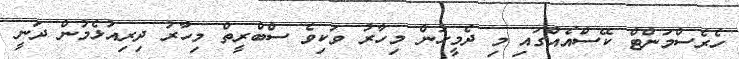
ހެރެސްމަންޓް ކޭސްއެއްގައި މި ދެމީހުން މިހާރު ވަކިވެ ސްބްރީތް މިހާރު ދިރިއުޅެމުން ދަނީ